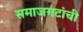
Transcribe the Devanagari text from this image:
समाजगटांची